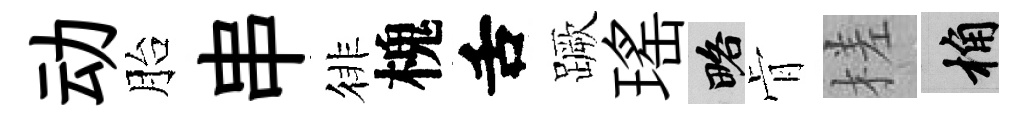
动胎串徘槐舌蹶瑤略肻槎桷